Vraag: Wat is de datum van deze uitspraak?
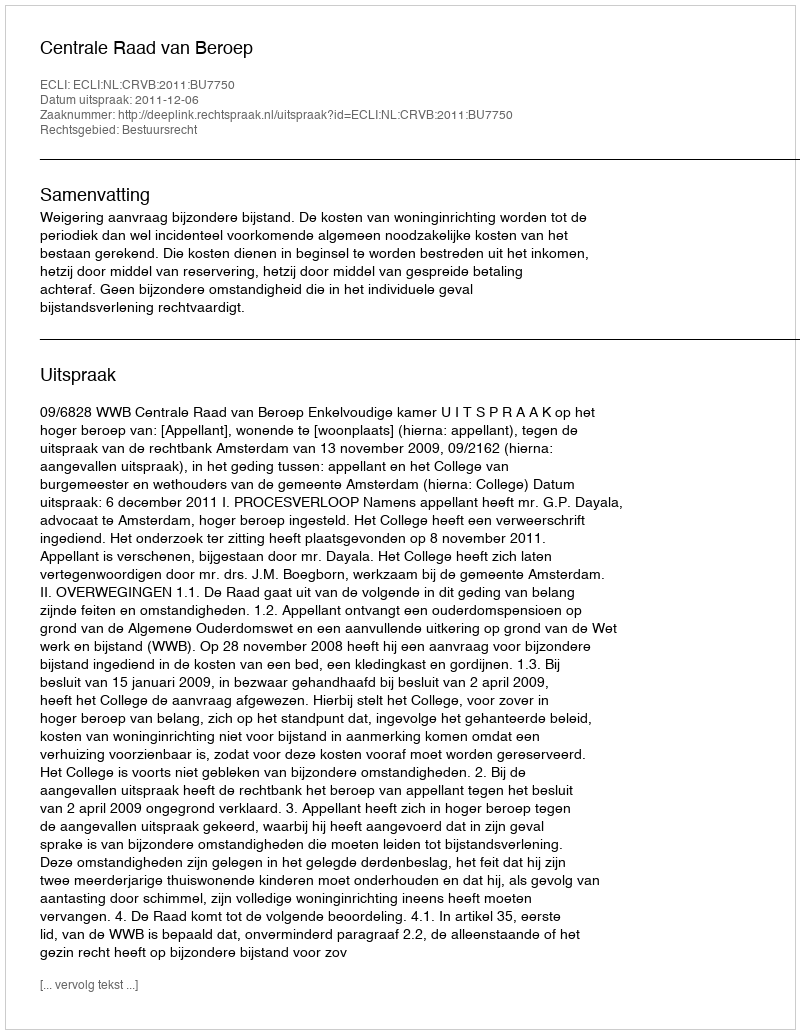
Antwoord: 2011-12-06